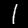
Digit: 1